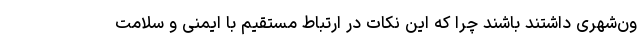
ون‌شهری داشتند باشند چرا که این نکات در ارتباط مستقیم با ایمنی و سلامت